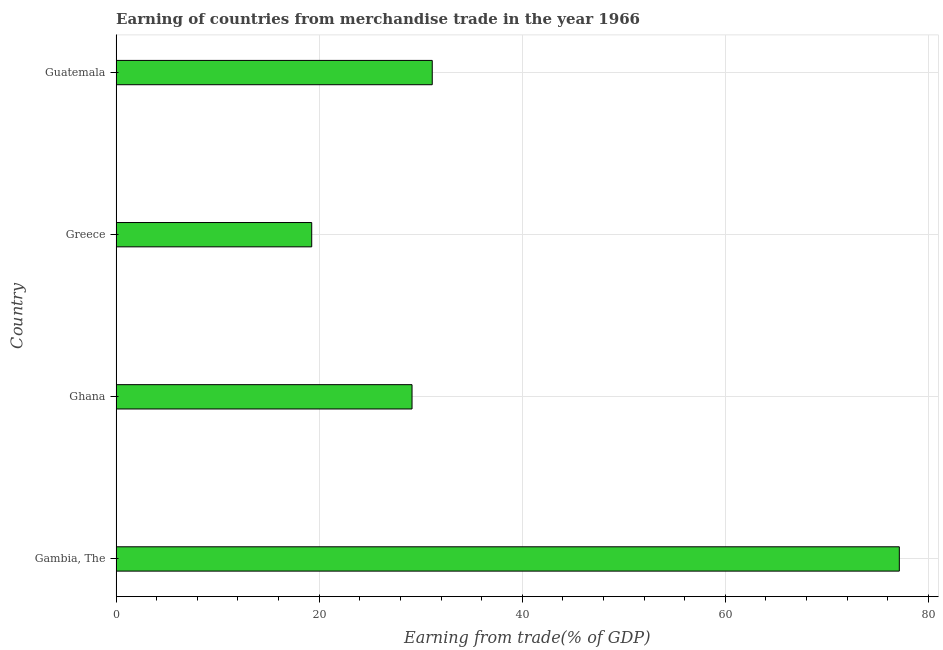
| Country | Merchandise trade |
 | --- | --- |
 | Gambia, The | 77.1 |
 | Ghana | 29.1 |
 | Greece | 19.3 |
 | Guatemala | 31.1 |